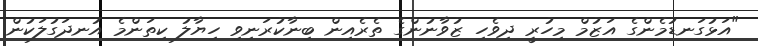
"އަޅުގަނޑުމެންގެ އަޒުމް މިހުރީ ދިވެހި ޒުވާނުންގެ ތެރެއިން ބިނާކުރަނިވި ހިޔާލު ކިތަންމެ އުނދަގުލަކުން